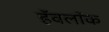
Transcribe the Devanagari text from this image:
हॅवलॉक